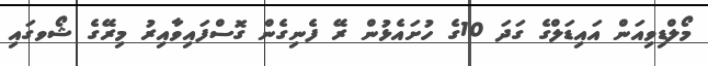
މޯލްޑިވިއަން އައިޑަލްގެ ގަދަ 10ގެ ހުށައެޅުން ރޭ ފެނިގެން ގޮސްފައިވާއިރު މިރޭގެ ޝޯވގައި